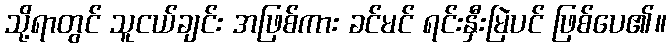
သို့ရာတွင် သူငယ်ချင်း အဖြစ်ကား ခင်မင် ရင်းနှီးမြဲပင် ဖြစ်ပေ၏။